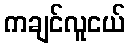
ကချင်လူငယ်